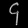
Digit: ၄